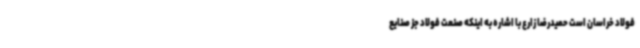
فولاد خراسان است حمیدرضا زارع با اشاره به اینکه صنعت فولاد جز صنایع